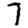
Digit: 7